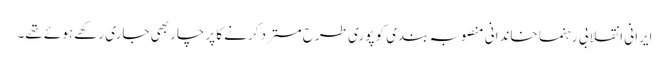
ایرانی انقلابی رہنما خاندانی منصوبہ بندی کو پوری طرح مسترد کرنے کا پرچار بھی جاری رکھے ہوئے تھے۔